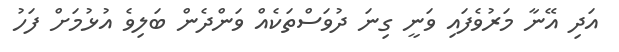
އަދި އޭނާ މަރުވެފައި ވަނީ ގިނަ ދުވަސްތަކެއް ވަންދެން ބަލިވެ އުޅުމަށް ފަހު